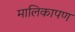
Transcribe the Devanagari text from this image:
मालिकापण